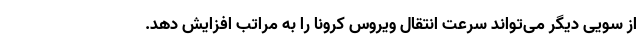
از سویی دیگر می‌تواند سرعت انتقال ویروس کرونا را به مراتب افزایش دهد.